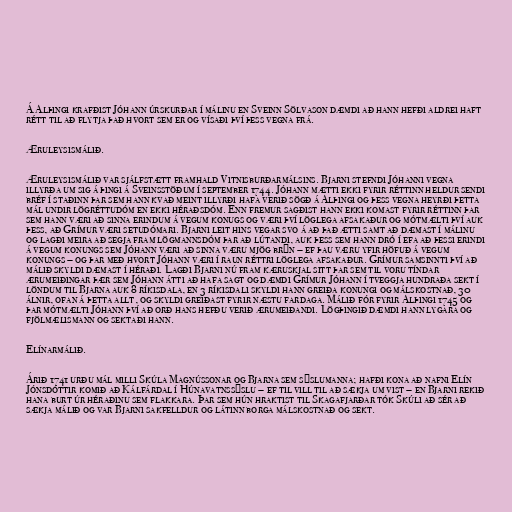
Á Alþingi krafðist Jóhann úrskurðar í málinu en Sveinn Sölvason dæmdi að hann hefði aldrei haft
rétt til að flytja það hvort sem er og vísaði því þess vegna frá.

Æruleysismálið.

Æruleysismálið var sjálfstætt framhald Vitnisburðarmálsins. Bjarni stefndi Jóhanni vegna
illyrða um sig á þingi á Sveinsstöðum í september 1744. Jóhann mætti ekki fyrir réttinn heldur sendi
bréf í staðinn þar sem hann kvað meint illyrði hafa verið sögð á Alþingi og þess vegna heyrði þetta
mál undir lögréttudóm en ekki héraðsdóm. Enn fremur sagðist hann ekki komast fyrir réttinn þar
sem hann væri að sinna erindum á vegum konugs og væri því löglega afsakaður og mótmælti því auk
þess, að Grímur væri setudómari. Bjarni leit hins vegar svo á að það ætti samt að dæmast í málinu
og lagði meira að segja fram lögmannsdóm þar að lútandi, auk þess sem hann dró í efa að þessi erindi
á vegum konungs sem Jóhann væri að sinna væru mjög brýn – ef þau væru yfir höfuð á vegum
konungs – og þar með hvort Jóhann væri í raun réttri löglega afsakaður. Grímur samsinnti því að
málið skyldi dæmast í héraði. Lagði Bjarni nú fram kæruskjal sitt þar sem til voru tíndar
ærumeiðingar þær sem Jóhann átti að hafa sagt og dæmdi Grímur Jóhann í tveggja hundraða sekt í
löndum til Bjarna auk 8 ríkisdala, en 3 ríkisdali skyldi hann greiða konungi og málskostnað, 30
álnir, ofan á þetta allt, og skyldi greiðast fyrir næstu fardaga. Málið fór fyrir Alþingi 1745 og
þar mótmælti Jóhann því að orð hans hefðu verið ærumeiðandi. Lögþingið dæmdi hann lygara og
fjölmælismann og sektaði hann.

Elínarmálið.

Árið 1741 urðu mál milli Skúla Magnússonar og Bjarna sem sýslumanna; hafði kona að nafni Elín
Jónsdóttir komið að Kálfárdal í Húnavatnssýslu – ef til vill til að sækja um vist – en Bjarni rekið
hana burt úr héraðinu sem flakkara. Þar sem hún hraktist til Skagafjarðar tók Skúli að sér að
sækja málið og var Bjarni sakfelldur og látinn borga málskostnað og sekt.